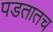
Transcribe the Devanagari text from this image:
पडतातच